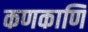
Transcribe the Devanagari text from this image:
कणकाणि